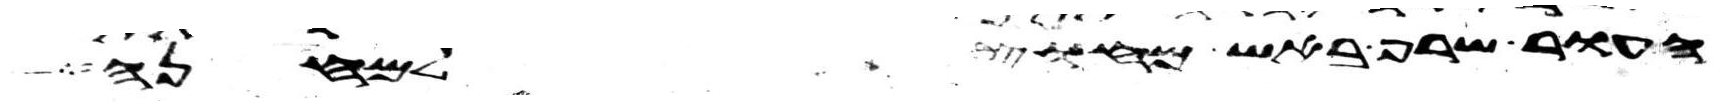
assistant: העור שרף באש מחוץ למחנה